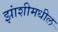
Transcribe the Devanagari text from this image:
झांशीमधील